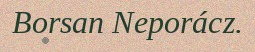
Borsan Neporácz.